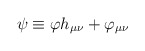
\begin{align*}\psi \equiv \varphi h_{\mu\nu} + \varphi_{\mu\nu}\end{align*}